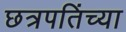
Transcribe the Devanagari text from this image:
छत्रपतिंच्या